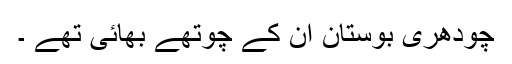
چودھری بوستان ان کے چوتھے بھائی تھے ۔